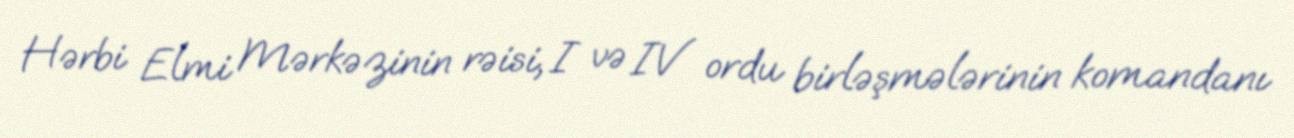
Hərbi Elmi Mərkəzinin rəisi, I və IV ordu birləşmələrinin komandanı